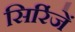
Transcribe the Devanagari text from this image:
सिरिंजें